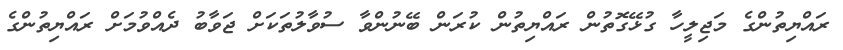
ރައްޔިތުންގެ މަޖިލީހާ ގުޅޭގޮތުން ރައްޔިތުން ކުރަން ބޭނުންވާ ސުވާލުތަކަށް ޖަވާބު ދެއްވުމަށް ރައްޔިތުންގެ